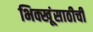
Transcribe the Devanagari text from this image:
भिक्खूंसाठीची